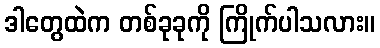
ဒါတွေထဲက တစ်ခုခုကို ကြိုက်ပါသလား။